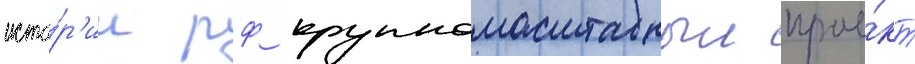
исто́р'ии рф крупномасштабныи прое́кт